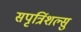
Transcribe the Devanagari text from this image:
सपृत्रिंशल्सु